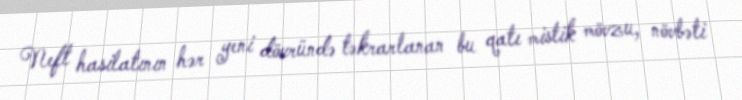
Neft hasilatının hər yeni dövründə təkrarlanan bu qatı mistik mövzu, növbəti